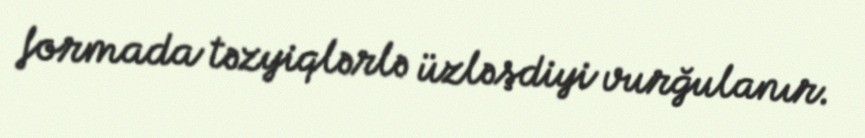
formada təzyiqlərlə üzləşdiyi vurğulanır.